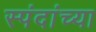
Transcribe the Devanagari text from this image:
स्पंदांच्या